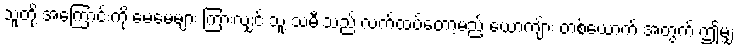
သူတို့ အကြောင်းကို မေမေများ ကြားလျှင် သူ့ သမီးသည် လက်ထပ်တော့မည့် ယောကျ်ား တစ်ယောက် အတွက် ဤမျှ